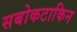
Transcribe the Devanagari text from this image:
सबोकटाकिन